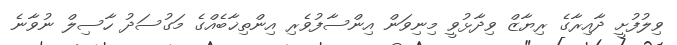
ވިލުފުށީ ދާއިރާގެ ރިޔާޒް ވިދާޅުވީ މިނިވަން އިންސާފުވެރި އިންތިޚާބެއްގެ މަގުސަދު ހާސިލް ނުވާނެ